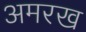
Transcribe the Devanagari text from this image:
अमरख